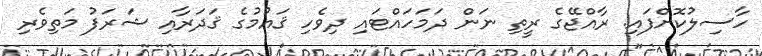
ހާސިލުކޮށްފައި. ރާއްޖޭގެ ރީތި ނަން ދަމަހައްޓައި ދިވެހި ޤައުމުގެ ޤަދަރާއި ޝަރަފު މަތިވެރި